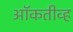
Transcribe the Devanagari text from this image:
ऑकतीव्ह